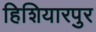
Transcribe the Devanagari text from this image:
हिशियारपुर